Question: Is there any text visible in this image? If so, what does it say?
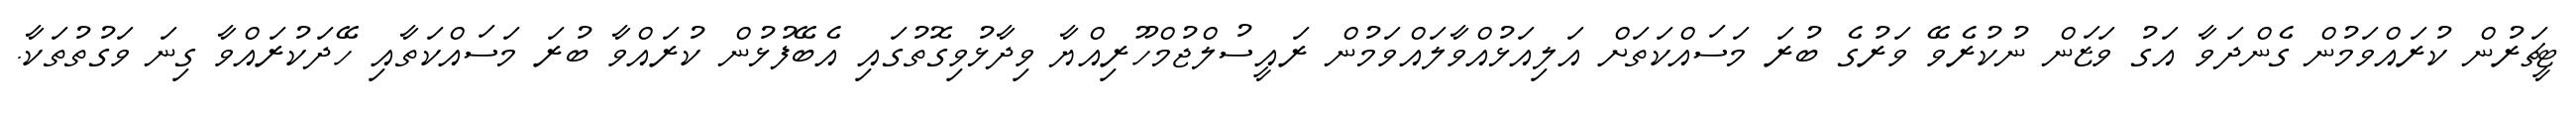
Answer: ޓީޗަރުން ކުރައްވަމުން ގެންދަވާ އަގު ވަޒަން ނުކުރެވޭ ވަރުގެ ބުރަ މަސައްކަތަށް އަލިއަޅުއްވާލައްވަމުން ރައީސުލްޖުމްހޫރިއްޔާ ވިދާޅުވިގޮތުގައި އެބޭފުޅުން ކުރައްވާ ބުރަ މަސައްކަތާއި ހޭދަކުރައްވާ ގިނަ ވަގުތުތަކާ.